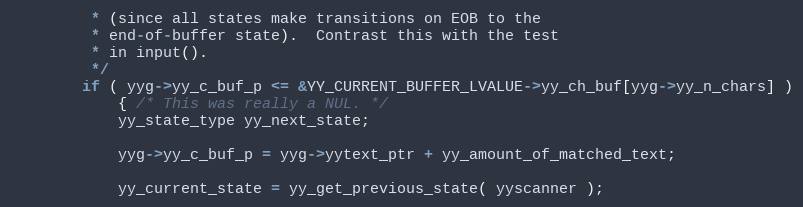
Language: C
		 * (since all states make transitions on EOB to the
		 * end-of-buffer state).  Contrast this with the test
		 * in input().
		 */
		if ( yyg->yy_c_buf_p <= &YY_CURRENT_BUFFER_LVALUE->yy_ch_buf[yyg->yy_n_chars] )
			{ /* This was really a NUL. */
			yy_state_type yy_next_state;

			yyg->yy_c_buf_p = yyg->yytext_ptr + yy_amount_of_matched_text;

			yy_current_state = yy_get_previous_state( yyscanner );